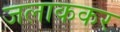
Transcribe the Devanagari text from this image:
जलाककर